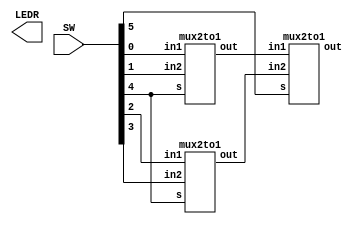
//SW[2:0] data inputs
//SW[9] select signal

//LEDR[0] output display

module mux(LEDR, SW);
    input [9:0] SW;
    output [9:0] LEDR;
	 wire uv;
	 wire wx;
    mux2to1 uov(// Choose between u and v
        .in1(SW[0]),
        .in2(SW[1]),
        .s(SW[4]),
        .out(uv)
        );
	 mux2to1 wox(// Choose between w and x
        .in1(SW[2]),
        .in2(SW[3]),
        .s(SW[4]),
        .out(wx)
        ); 
	 mux2to1 final(// Choose between uv and wx
        .in1(uv),
        .in2(wx),
        .s(SW[5]),
        .out(LEDR[9])
        ); 
endmodule

module mux2to1(in1, in2, s, out);
    input in1; //selected when s is 0
    input in2; //selected when s is 1
    input s; //select signal
    output out; //output
  
    assign out = s & in2 | ~s & in1;
    // OR
    // assign m = s ? y : x;
endmodule